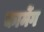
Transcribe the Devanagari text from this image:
कार्मेग